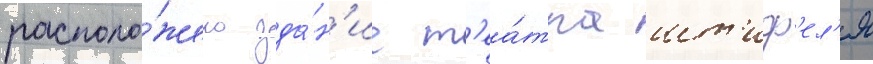
располо́жено зда́н'ие т'еа́тра шт'иф'ел'я